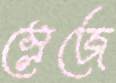
স্লেজে